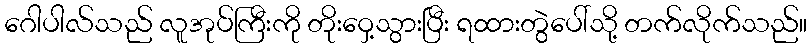
ဂေါပါလ်သည် လူအုပ်ကြီးကို တိုးဝှေ့သွားပြီး ရထားတွဲပေါ်သို့ တက်လိုက်သည်။